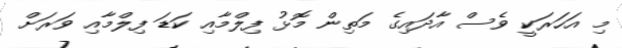
މި އަހަރަކީ ވެސް އާދައިގެ މަތިން މޮޅު ފިލްމާއި ކަޑަ ފިލްމާއި ވަރަށް